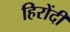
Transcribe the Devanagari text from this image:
हिरोंदी